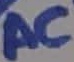
Text: AC